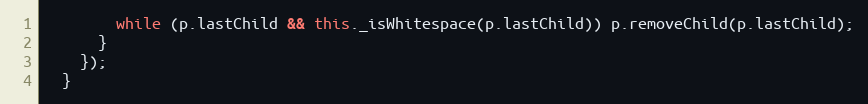
Language: JavaScript
        while (p.lastChild && this._isWhitespace(p.lastChild)) p.removeChild(p.lastChild);
      }
    });
  }